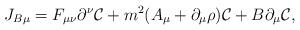
LaTeX: \begin{align*}J_{B\mu}=F_{\mu\nu}\partial^\nu {\cal C} + m^2 (A_\mu + \partial_\mu \rho) {\cal C} + B\partial_\mu{\cal C},\end{align*}